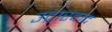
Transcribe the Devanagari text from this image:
उद्गारवाद